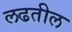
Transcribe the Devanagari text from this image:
लढतील